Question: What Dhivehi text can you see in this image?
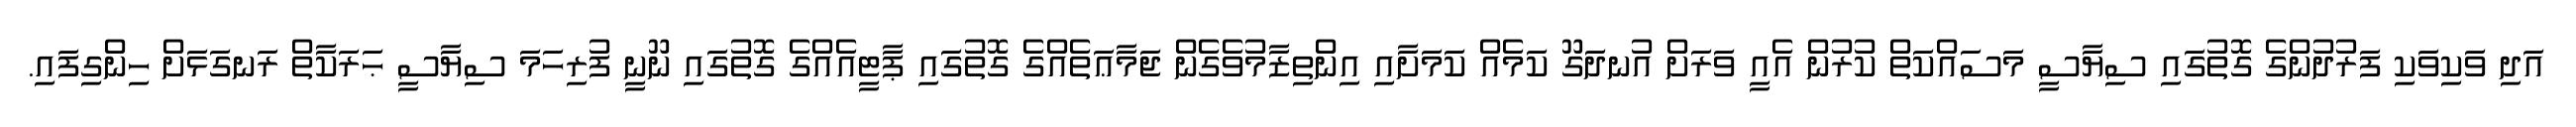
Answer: އަދި ވަކިވަކި ފަރުދުންގެ ގޮތުގައި ސިޔާސީ މަސައްކަތް ކުރުން އެއީ ވަރަށް އުނދަގޫ ކަމެއް ކަމަށާއި އިންތިޒާމުވެގެން ޖަމާޢަތެއްގެ ގޮތުގައި ޕާޓީއެއްގެ ގޮތުގައި ނޫނީ ފުރިހަމަ ސިޔާސީ ޙަރަކާތް ރަނގަޅަށް ހިންގިފައި.